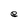
Character: e